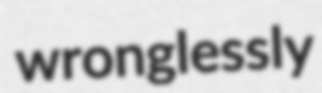
wronglessly